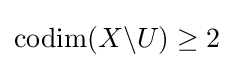
\operatorname {codim} (X\backslash U)\geq 2